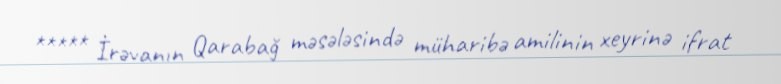
***** İrəvanın Qarabağ məsələsində müharibə amilinin xeyrinə ifrat